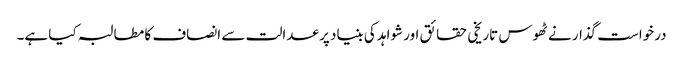
درخواست گذار نے ٹھوس تاریخی حقائق اور شواہد کی بنیاد پر عدالت سے انصاف کا مطالبہ کیا ہے۔